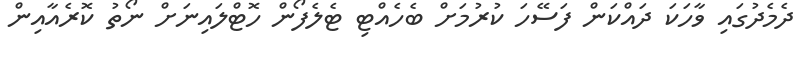
ދެމެދުގައި ވާހަކަ ދައްކަން ފަސޭހަ ކުރުމަށް ބެހެއްޓި ޓެލެފޯން ހޮޓްލައިނަށް ނޯތު ކޮރެއާއިން